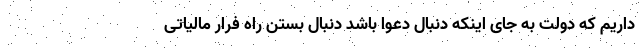
داریم که دولت به جای اینکه دنبال دعوا باشد دنبال بستن راه فرار مالیاتی